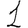
Digit: 1